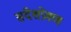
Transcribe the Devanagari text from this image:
संदेशप्रेषण